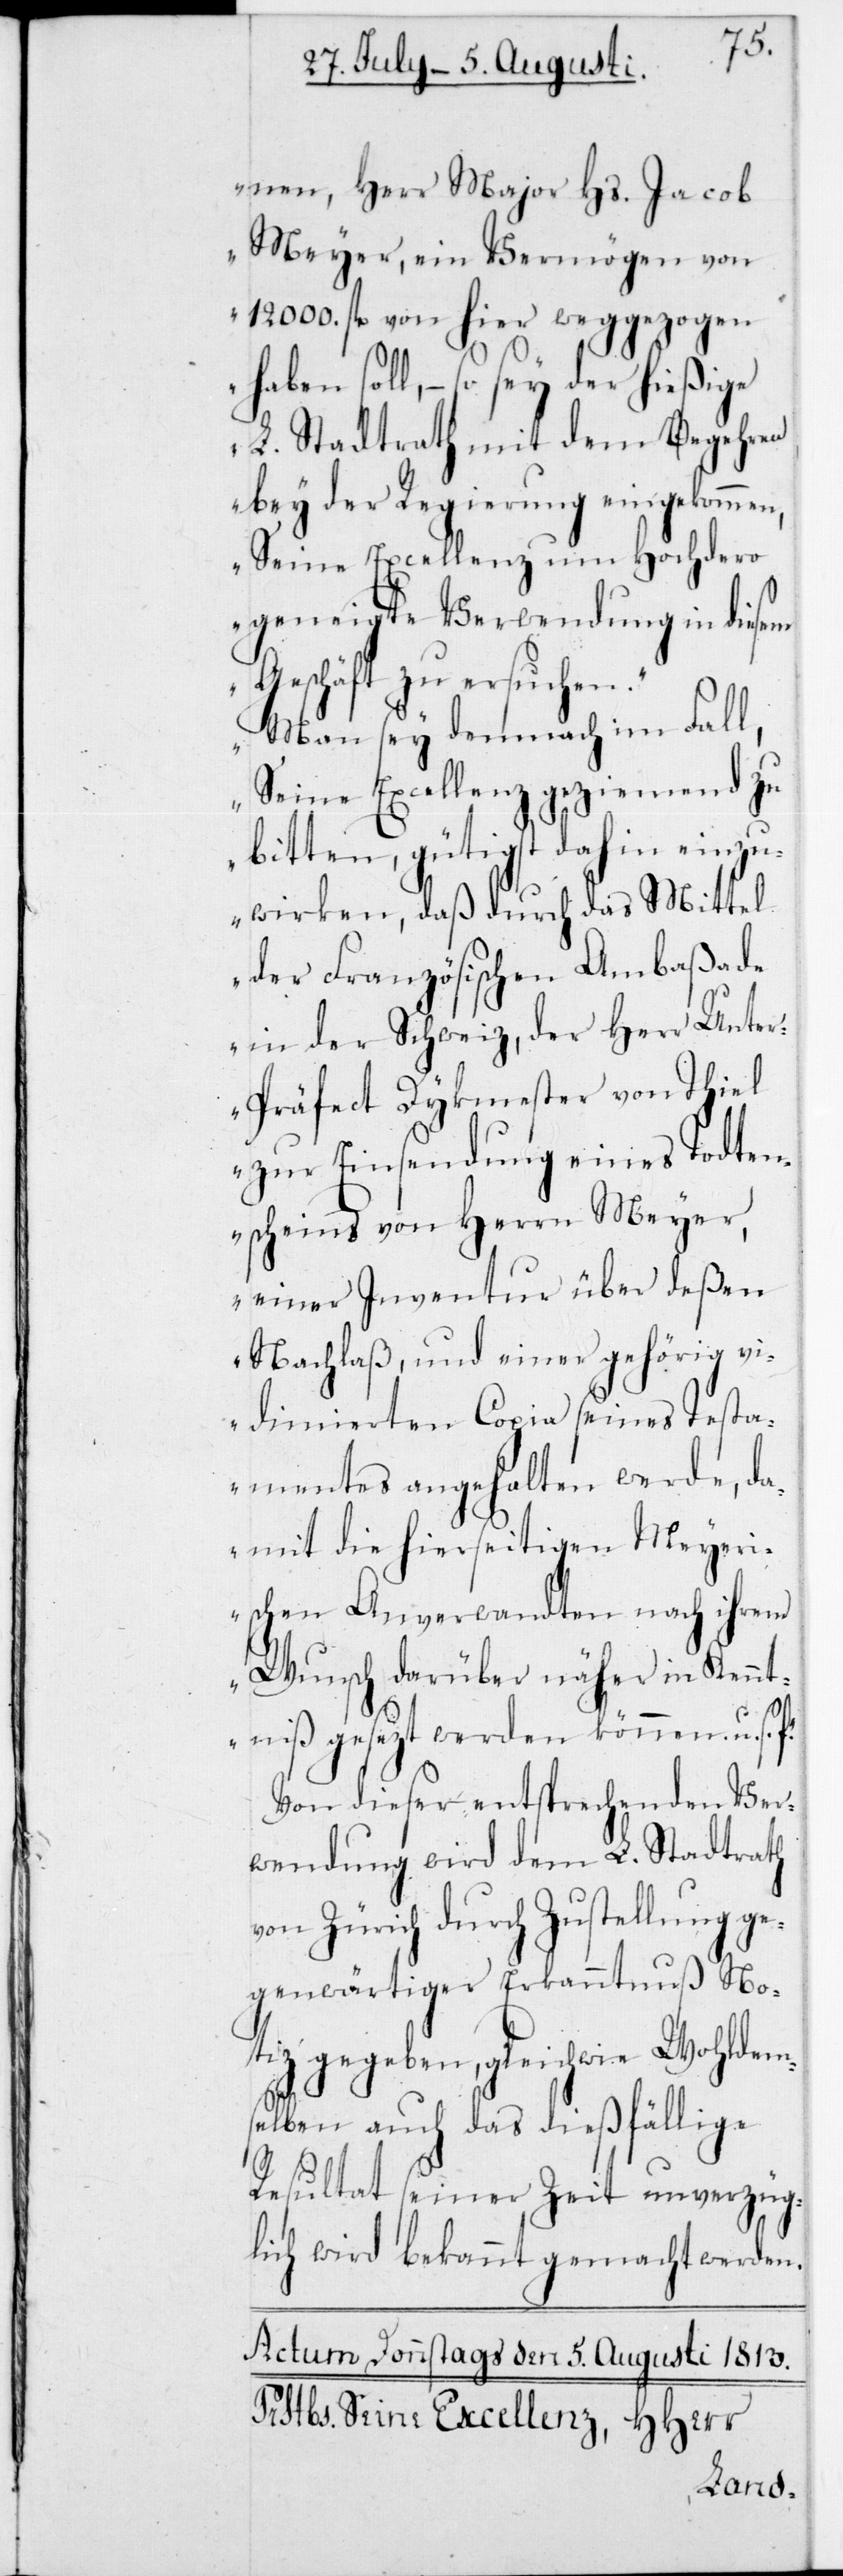
nen, Herr Major Hs. Jacob
Meyer, ein Vermögen von
12'000 fl. von hier weggezogen
haben soll, – so sey der hießige
L. Stadtrath mit dem Begehren
bey der Regierung eingekommen,
Seine Excellenz um Hochdero
geneigte Verwendung in diesem
Geschäft zu ersuchen.
Man sey demnach im Fall,
Seine Excellenz geziemend zu
bitten, gütigst dahin einzu¬
wirken, daß durch das Mittel
der Französischen Ambaßade
in der Schweiz, der Herr Unter¬
präfect Dykmester von Thiel
zur Einsendung eines Todten¬
scheins von Herrn Meyer,
einer Inventur über deßen
Nachlaß, und einer gehörig vi¬
dimierten Copia seines Testa¬
mentes angehalten werde, da¬
mit die hierseitige Meyeri¬
schen Anverwandten nach ihrem
Wunsch darüber näher in Kennt¬
niß gesezt werden können u.s.f.“
Von dieser entsprechenden Ver¬
wendung wird dem L. Stadtrath
von Zürich durch Zustellung ge¬
genwärtiger Erkanntnuß No¬
tiz gegeben, gleichwie Wohldem¬
selben auch das dießfällige
Resultat seiner Zeit unverzüg¬
lich wird bekannt gemacht werden.